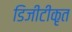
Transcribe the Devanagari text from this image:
डिजीटीकृत